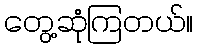
တွေ့ဆုံကြတယ်။